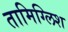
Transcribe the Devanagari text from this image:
तामिग्लिश